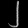
Digit: ၂